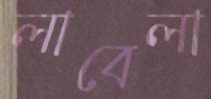
লাবেলা